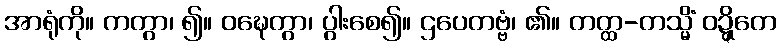
အာရုံကို။ ကတွာ၊ ၍။ ဝဍ္ဎေတွာ၊ ပွါးစေ၍။ ဌပေတဗ္ဗံ၊ ၏။ တတ္ထ-တသ္မိံ ဝဍ္ဍ္ဎိတေ